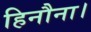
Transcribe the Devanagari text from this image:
हिनौना।